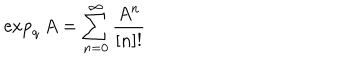
\exp _ { q } A = \sum _ { n = 0 } ^ { \infty } \frac { A ^ { n } } { [ n ] ! }